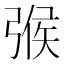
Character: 㢿